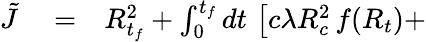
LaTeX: \begin{array}{rlr}{\tilde{J}}&{{}=}&{R_{t_{f}}^{2}+\int_{0}^{t_{f}}dt\, \left[c\lambda R_{c}^{2}\, f(R_{t})\right.+}\end{array}